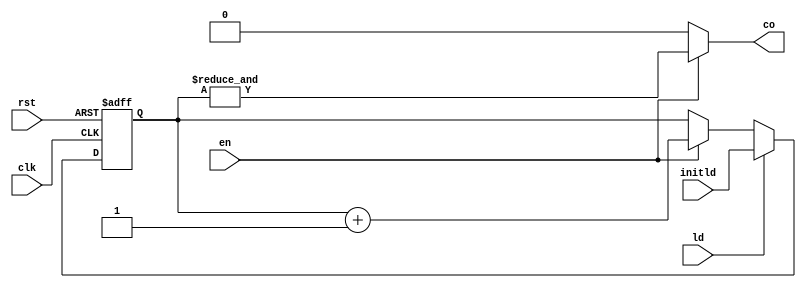
`timescale 1 ns / 1 ns
module Counter(clk,rst,en,ld,initld,co);
parameter n = 3;
input clk,rst,en,ld;
input [n-1:0] initld;
output co;
	reg [n-1:0]PO;
	always@(posedge clk,posedge rst)begin
		if(rst)
			PO <= 3'd0;
			else begin
				if(ld)
					PO <= initld;
				else
				PO <= en ? PO+1 : PO;
			end
	end
	assign co = en ? &PO : 1'b0;
endmodule